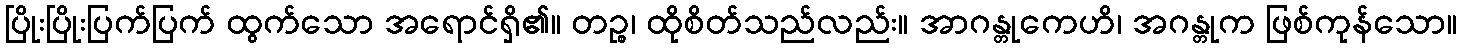
ပြိုးပြိုးပြက်ပြက် ထွက်သော အရောင်ရှိ၏။ တဉ္စ၊ ထိုစိတ်သည်လည်း။ အာဂန္တုကေဟိ၊ အဂန္တုက ဖြစ်ကုန်သော။